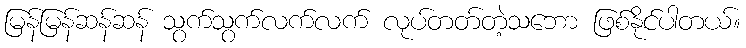
မြန်မြန်ဆန်ဆန် သွက်သွက်လက်လက် လုပ်တတ်တဲ့သဘော ဖြစ်နိုင်ပါတယ်။